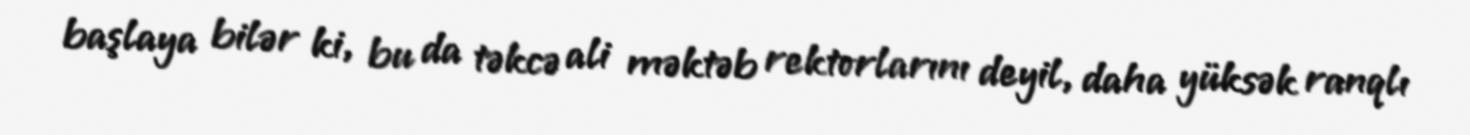
başlaya bilər ki, bu da təkcə ali məktəb rektorlarını deyil, daha yüksək ranqlı